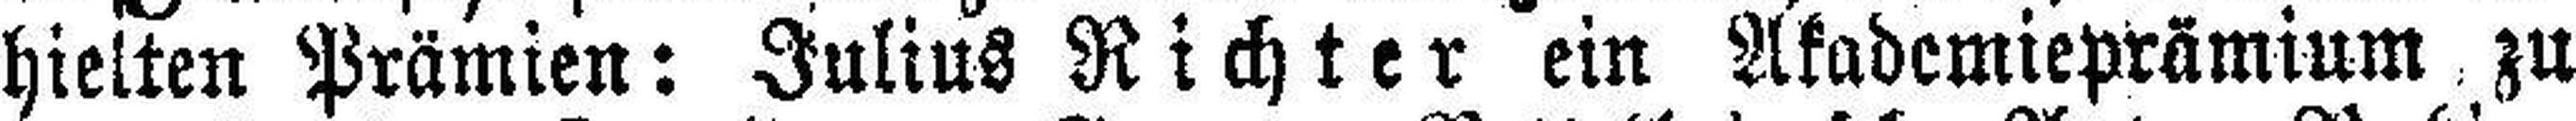
hielten Prämien: Julius Richter ein Akademieprämium zu